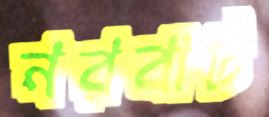
নরবাট